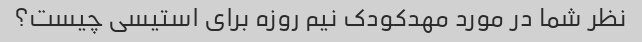
نظر شما در مورد مهدکودک نیم روزه برای استیسی چیست؟